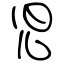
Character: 児